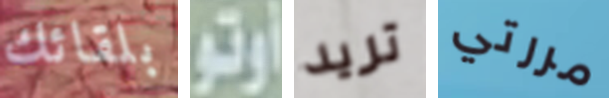
بلقائك أوتو تريد مررتي